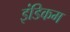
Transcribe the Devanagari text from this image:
इंडिकम